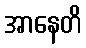
အာနေတိ